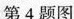
第4题图